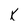
Character: K